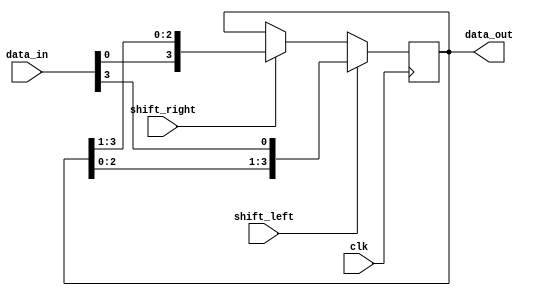
module shift_reg (
    input clk,
    input shift_left,
    input shift_right,
    input [3:0] data_in,
    output reg [3:0] data_out
    );

    always @(posedge clk ) begin
        if (shift_left) begin
            data_out <= {data_out[2:0], data_in[3]};
        end
        else
            if (shift_right) begin
                data_out <= {data_in[0], data_out[3:1]};
            end
    end
endmodule